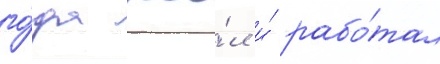
го́да жи́л и́ рабо́тал